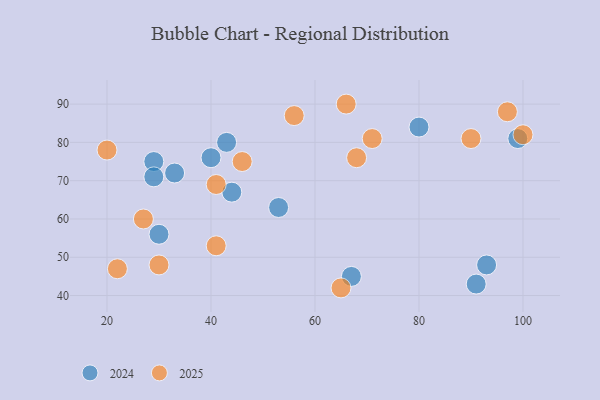
{"axis": {"x": "GDP", "y": "Life Expectancy"}, "legend": ["2024", "2025"], "data": [{"x": "41", "y": 53, "type": "2025"}, {"x": "71", "y": 81, "type": "2025"}, {"x": "66", "y": 90, "type": "2025"}, {"x": "30", "y": 48, "type": "2025"}, {"x": "20", "y": 78, "type": "2025"}, {"x": "100", "y": 82, "type": "2025"}, {"x": "46", "y": 75, "type": "2025"}, {"x": "68", "y": 76, "type": "2025"}, {"x": "22", "y": 47, "type": "2025"}, {"x": "27", "y": 60, "type": "2025"}, {"x": "65", "y": 42, "type": "2025"}, {"x": "90", "y": 81, "type": "2025"}, {"x": "97", "y": 88, "type": "2025"}, {"x": "56", "y": 87, "type": "2025"}, {"x": "41", "y": 69, "type": "2025"}, {"x": "43", "y": 80, "type": "2024"}, {"x": "30", "y": 56, "type": "2024"}, {"x": "40", "y": 76, "type": "2024"}, {"x": "53", "y": 63, "type": "2024"}, {"x": "29", "y": 75, "type": "2024"}, {"x": "80", "y": 84, "type": "2024"}, {"x": "91", "y": 43, "type": "2024"}, {"x": "99", "y": 81, "type": "2024"}, {"x": "67", "y": 45, "type": "2024"}, {"x": "29", "y": 71, "type": "2024"}, {"x": "44", "y": 67, "type": "2024"}, {"x": "33", "y": 72, "type": "2024"}, {"x": "93", "y": 48, "type": "2024"}]}